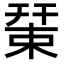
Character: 𢆞